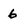
Character: 6